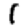
Digit: 1